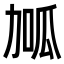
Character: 𭄱